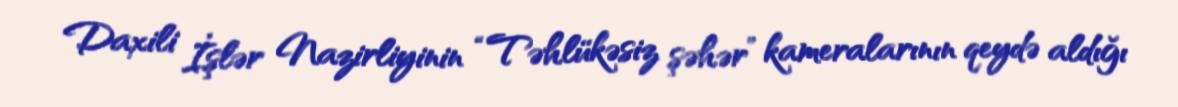
Daxili İşlər Nazirliyinin “Təhlükəsiz şəhər” kameralarının qeydə aldığı